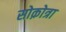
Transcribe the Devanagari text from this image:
सोक़ोत्रा